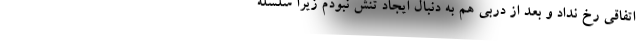
اتفاقی رخ نداد و بعد از دربی هم به دنبال ایجاد تنش نبودم زیرا سلسله